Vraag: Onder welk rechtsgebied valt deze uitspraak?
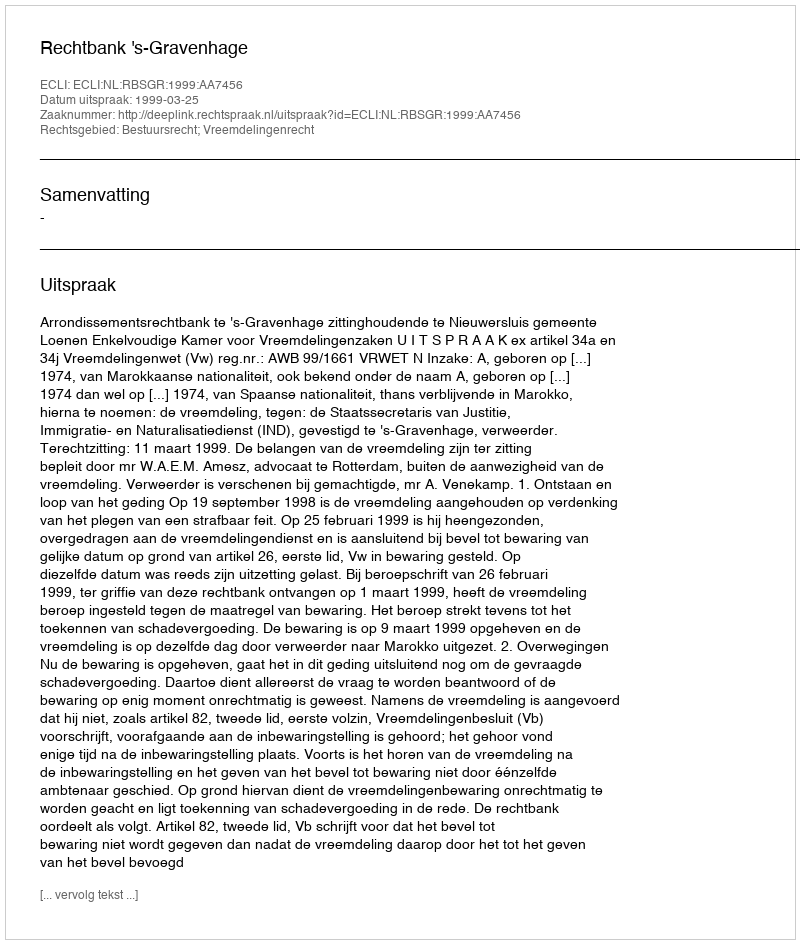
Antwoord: Bestuursrecht; Vreemdelingenrecht